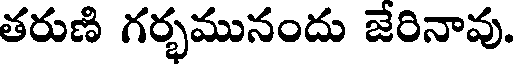
తరుణి గర్భమునందు జేరినావు.